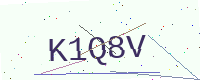
Text: K1Q8V